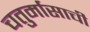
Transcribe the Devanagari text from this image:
चतुर्मासाची